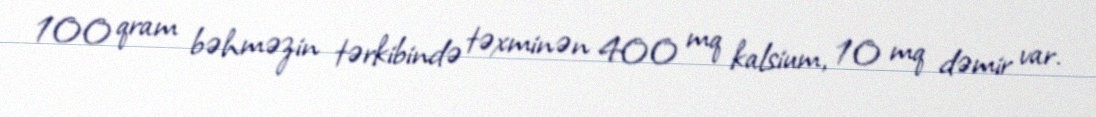
100 qram bəhməzin tərkibində təxminən 400 mq kalsium, 10 mq dəmir var.